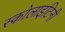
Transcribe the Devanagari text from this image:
स्कोलाइटिनी